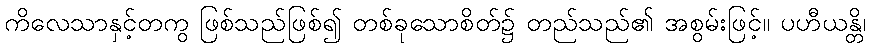
ကိလေသာနှင့်တကွ ဖြစ်သည်ဖြစ်၍ တစ်ခုသောစိတ်၌ တည်သည်၏ အစွမ်းဖြင့်။ ပဟီယန္တိ၊